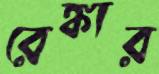
রেঙ্কার